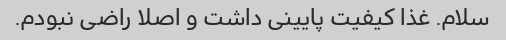
سلام. غذا کیفیت پایینی داشت و اصلا راضی نبودم.